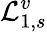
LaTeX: \mathcal{L}_{1,s}^{v}